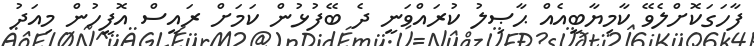
ފާހަގަކޮށްލެވޭ ކާމިޔާބީއެއް ޙާޞިލު ކުރައްވަނީ ދެ ބޭފުޅުން ކަމަށް ރައީސް އޮފީހުން މިއަދު